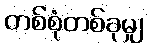
တစ်စုံတစ်ခုမျှ